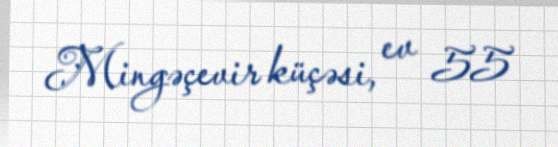
Mingəçevir küçəsi, ev 55